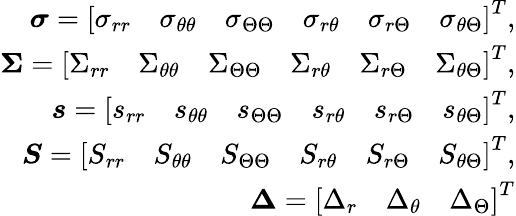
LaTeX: \begin{array}{r}{\boldsymbol{\sigma}=\left[\begin{array}{llllll}{\sigma_{rr}}&{\sigma_{\theta\theta}}&{\sigma_{\Theta\Theta}}&{\sigma_{r\theta}}&{\sigma_{r\Theta}}&{\sigma_{\theta\Theta}}\end{array}\right]^{T},}\\ {\boldsymbol{\Sigma}=\left[\begin{array}{llllll}{\Sigma_{rr}}&{\Sigma_{\theta\theta}}&{\Sigma_{\Theta\Theta}}&{\Sigma_{r\theta}}&{\Sigma_{r\Theta}}&{\Sigma_{\theta\Theta}}\end{array}\right]^{T},}\\ {\boldsymbol{s}=\left[\begin{array}{llllll}{s_{rr}}&{s_{\theta\theta}}&{s_{\Theta\Theta}}&{s_{r\theta}}&{s_{r\Theta}}&{s_{\theta\Theta}}\end{array}\right]^{T},}\\ {\boldsymbol{S}=\left[\begin{array}{llllll}{S_{rr}}&{S_{\theta\theta}}&{S_{\Theta\Theta}}&{S_{r\theta}}&{S_{r\Theta}}&{S_{\theta\Theta}}\end{array}\right]^{T},}\\ {\boldsymbol{\Delta}=\left[\begin{array}{lll}{\Delta_{r}}&{\Delta_{\theta}}&{\Delta_{\Theta}}\end{array}\right]^{T}}\end{array}